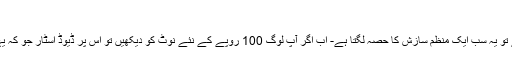
محمدسعید said,
آجکل یہ غلطیاں عام سی ہو گئیں ہیں اور لوگ بھی ان کو نظر انداز کر دیتے ہیں ورنہ مجھے تو یہ سب ایک منظم سازش کا حصہ لگتا ہے- اب اگر آپ لوگ 100 روپے کے نئے نوٹ کو دیکھیں تو اس پر ڈیوڈ اسٹار جو کہ یہودیوں کا مذہبی نشان ہے پوری آب و تاب سے موجود ہے مگرآج تک کسی کو نظر نہیں آیا ۔